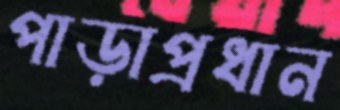
পাড়াপ্রধান